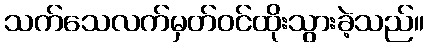
သက်သေလက်မှတ်ဝင်ထိုးသွားခဲ့သည်။